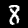
Digit: 8